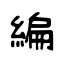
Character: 編